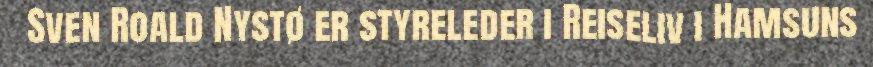
Sven Roald Nystø er styreleder i Reiseliv i Hamsuns